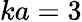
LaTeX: ka=3